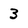
Character: 3